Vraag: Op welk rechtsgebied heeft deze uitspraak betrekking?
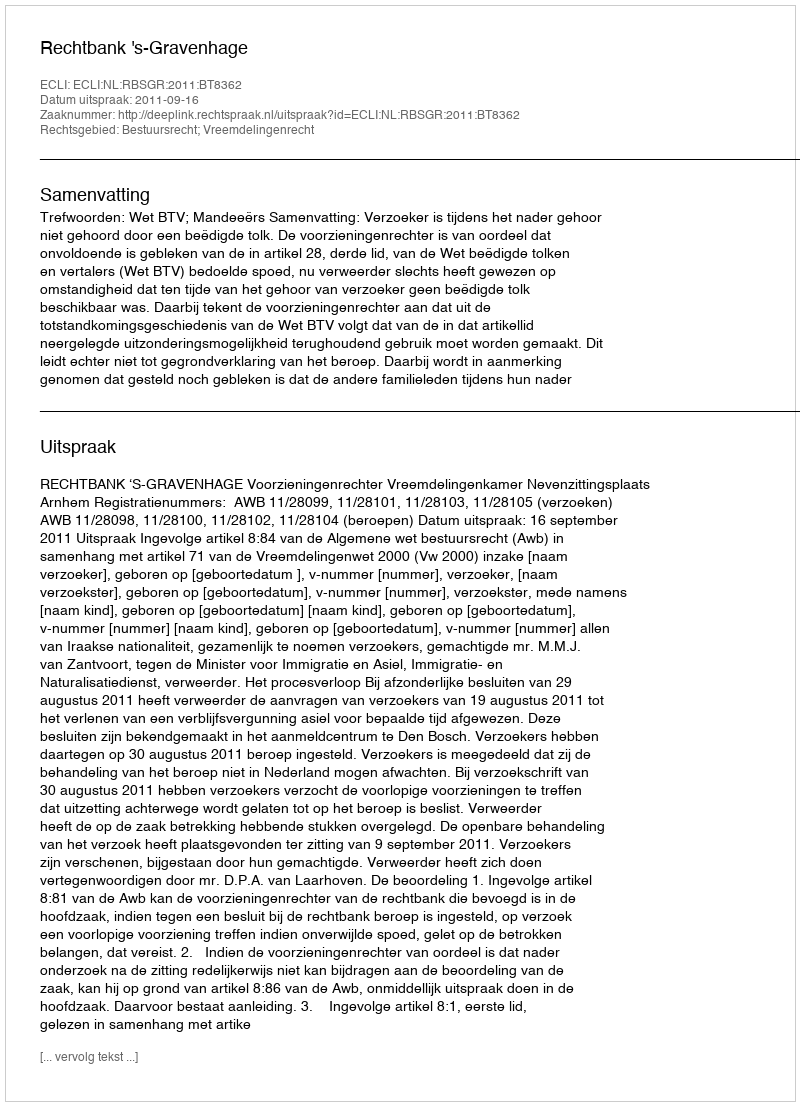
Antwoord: Bestuursrecht; Vreemdelingenrecht